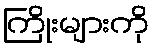
ကြိုးများကို